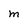
Character: m